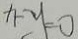
x - y = 0